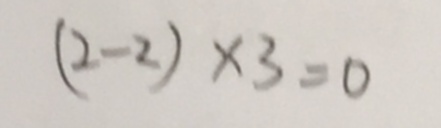
( 2 - 2 ) \times 3 = 0